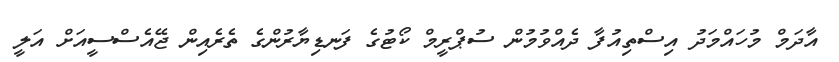
އާދަމް މުހައްމަދު އިސްތިއުފާ ދެއްވުމުން ސުޕްރީމް ކޯޓުގެ ފަނޑިޔާރުންގެ ތެރެއިން ޖޭއެސްސީއަށް އަލީ